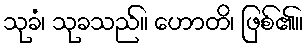
သုခံ၊ သုခသည်။ ဟောတိ၊ ဖြစ်၏။